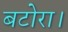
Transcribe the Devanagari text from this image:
बटोरा।